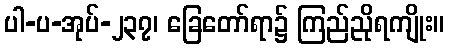
ပါ-ပ-အုပ်-၂၃၇၊ ခြေတော်ရာ၌ ကြည်ညိုရကျိုး။